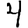
Digit: 4